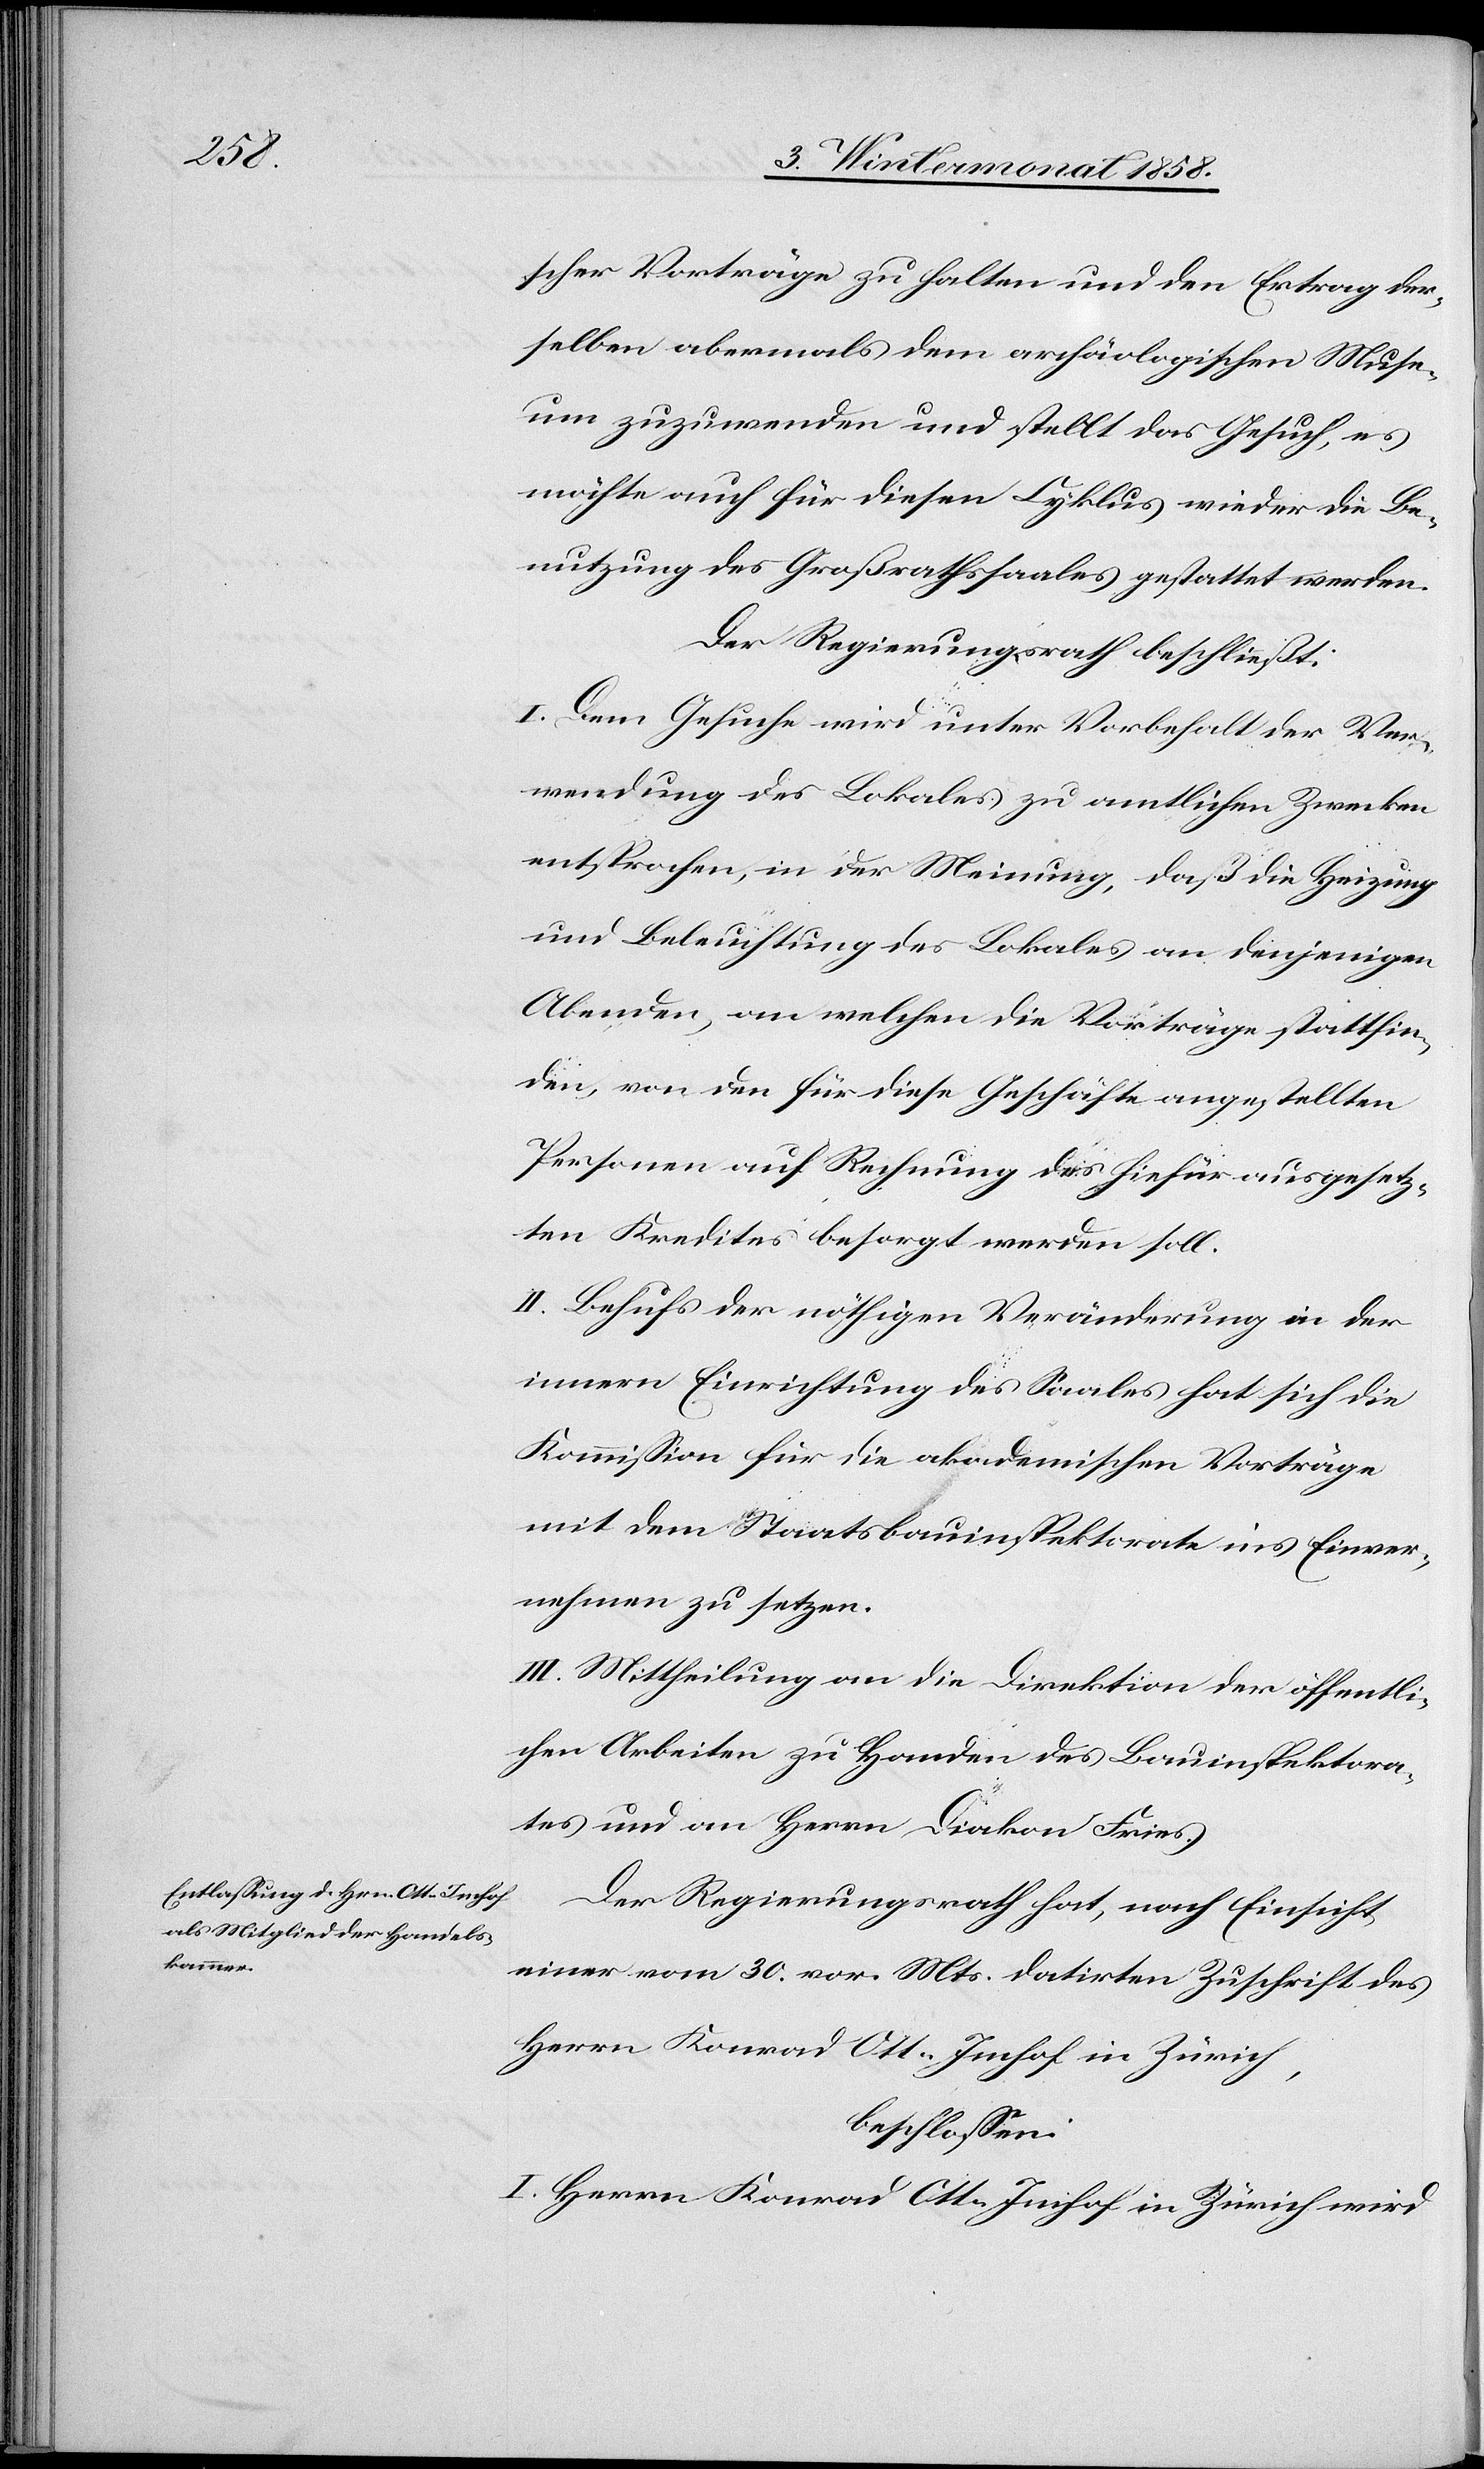
scher Vorträge zu halten und den Ertrag der¬
selben abermals dem archäologischen Muse¬
um zuzuwenden und stellt das Gesuch, es
möchte auch für diesen Cyklus wieder die Be¬
nutzung des Großrathssaales gestattet werden.
Der Regierungsrath beschließt:
I. Dem Gesuche wird unter Vorbehalt der Ver¬
wendung des Lokales zu amtlichen Zwecken
entsprochen, in der Meinung, daß die Heizung
und Beleuchtung des Lokales an denjenigen
Abenden, an welchen die Vorträge stattfin¬
den, von den für diese Geschäfte angestellten
Personen auf Rechnung des hiefür ausgesetz¬
ten Kredites besorgt werden soll.
II. Behufs der nöthigen Veränderung in der
innern Einrichtung des Saales hat sich die
Kommission für die akademischen Vorträge
mit dem Staatsbauinspektorate ins Einver¬
nehmen zu setzen.
III. Mittheilung an die Direktion der öffentli¬
chen Arbeiten zu Handen des Bauinspektora¬
tes und an Herrn Diakon Fries.
Der Regierungsrath hat, nach Einsicht
einer vom 30. vor. Mts. datirten Zuschrift des
Herrn Konrad Ott-Imhof in Zürich,
beschlossen:
I. Herrn Konrad Ott-Imhof in Zürich wird